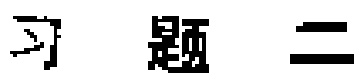
习题二